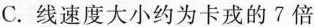
C.线速度大小约为卡戎的7倍